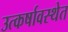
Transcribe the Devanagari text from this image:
उत्कर्षावस्थेत